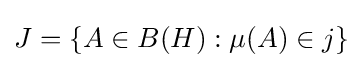
J=\{A\in B(H):\mu (A)\in j\}